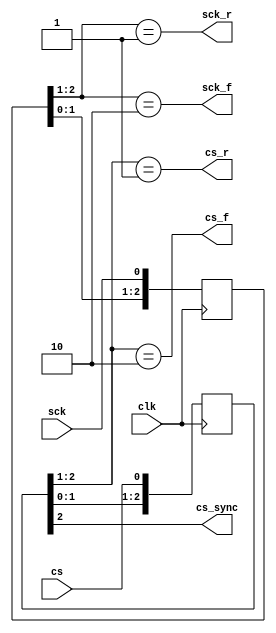
`timescale 1ns / 10ps
 
module synchronization (input clk,
								input sck,
								input cs,
								output sck_r,
								output sck_f,
								output cs_r,
								output cs_f,
								output cs_sync);
								
reg [2:0] sck_shiftreg;
reg [2:0] cs_shiftreg;

always @(negedge clk) begin
	sck_shiftreg <= {sck_shiftreg[1:0], sck};
	cs_shiftreg <= {cs_shiftreg[1:0], cs};
end

assign sck_r = (sck_shiftreg[2:1] == 2'b01);
assign sck_f = (sck_shiftreg[2:1] == 2'b10);

assign cs_r = (cs_shiftreg[2:1] == 2'b01);
assign cs_f =(cs_shiftreg[2:1] == 2'b10);

assign cs_sync = cs_shiftreg[2];

endmodule